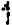
1